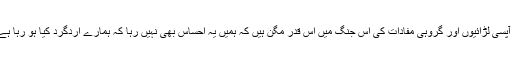
ہم آپسی لڑائیوں اور گروہی مفادات کی اس جنگ میں اس قدر مگن ہیں کہ ہمیں یہ احساس بھی نہیں رہا کہ ہمارے اردگرد کیا ہو رہا ہے ۔